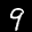
Label: 9